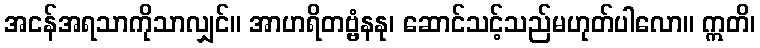
အငန်အရသာကိုသာလျှင်။ အာဟရိတဗ္ဗံနနု၊ ဆောင်သင့်သည်မဟုတ်ပါလော။ ဣတိ၊